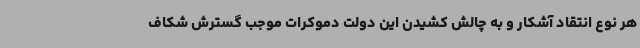
هر نوع انتقاد آشکار و به چالش کشیدن این دولت دموکرات موجب گسترش شکاف